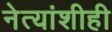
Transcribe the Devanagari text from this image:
नेत्यांशीही